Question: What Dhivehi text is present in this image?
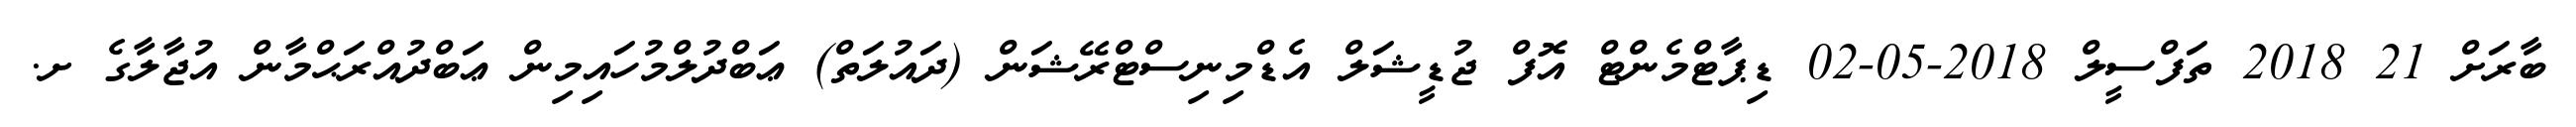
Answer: ބާރަށް 21 2018 ތަފްސީލް 2018-05-02 ޑިޕާޓްމެންޓް އޮފް ޖުޑީޝަލް އެޑްމިނިސްޓްރޭޝަން (ދައުލަތް) ޢަބްދުލްމުހައިމިން ޢަބްދުއްރަޙްމާން އުޖާލާގެ ށ.